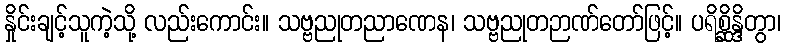
နှိုင်းချင့်သူကဲ့သို့ လည်းကောင်း။ သဗ္ဗညုတညာဏေန၊ သဗ္ဗညုတဉာဏ်တော်ဖြင့်။ ပရိစ္ဆိန္ဒိတွာ၊